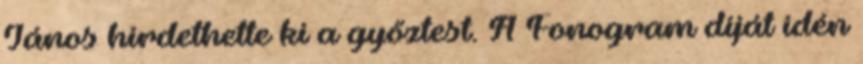
János hirdethette ki a győztest. A Fonogram díját idén